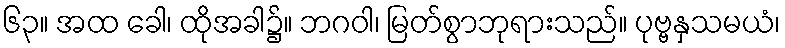
၆၃။ အထ ခေါ၊ ထိုအခါ၌။ ဘဂဝါ၊ မြတ်စွာဘုရားသည်။ ပုဗ္ဗနှသမယံ၊